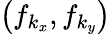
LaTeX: \left(f_{k_{x}},f_{k_{y}}\right)